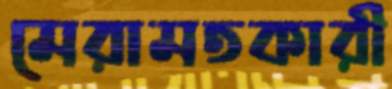
মেরামতকারী